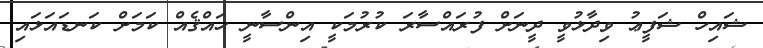
ޝައިހް ޝަފީޢު ވިދާޅުވީ ދީނަށް ފުރައްސާރަ ކުރުމަކީ އިންސާނީ ޙައްޤެއް ކަމަށް ކަނޑައަޅައި